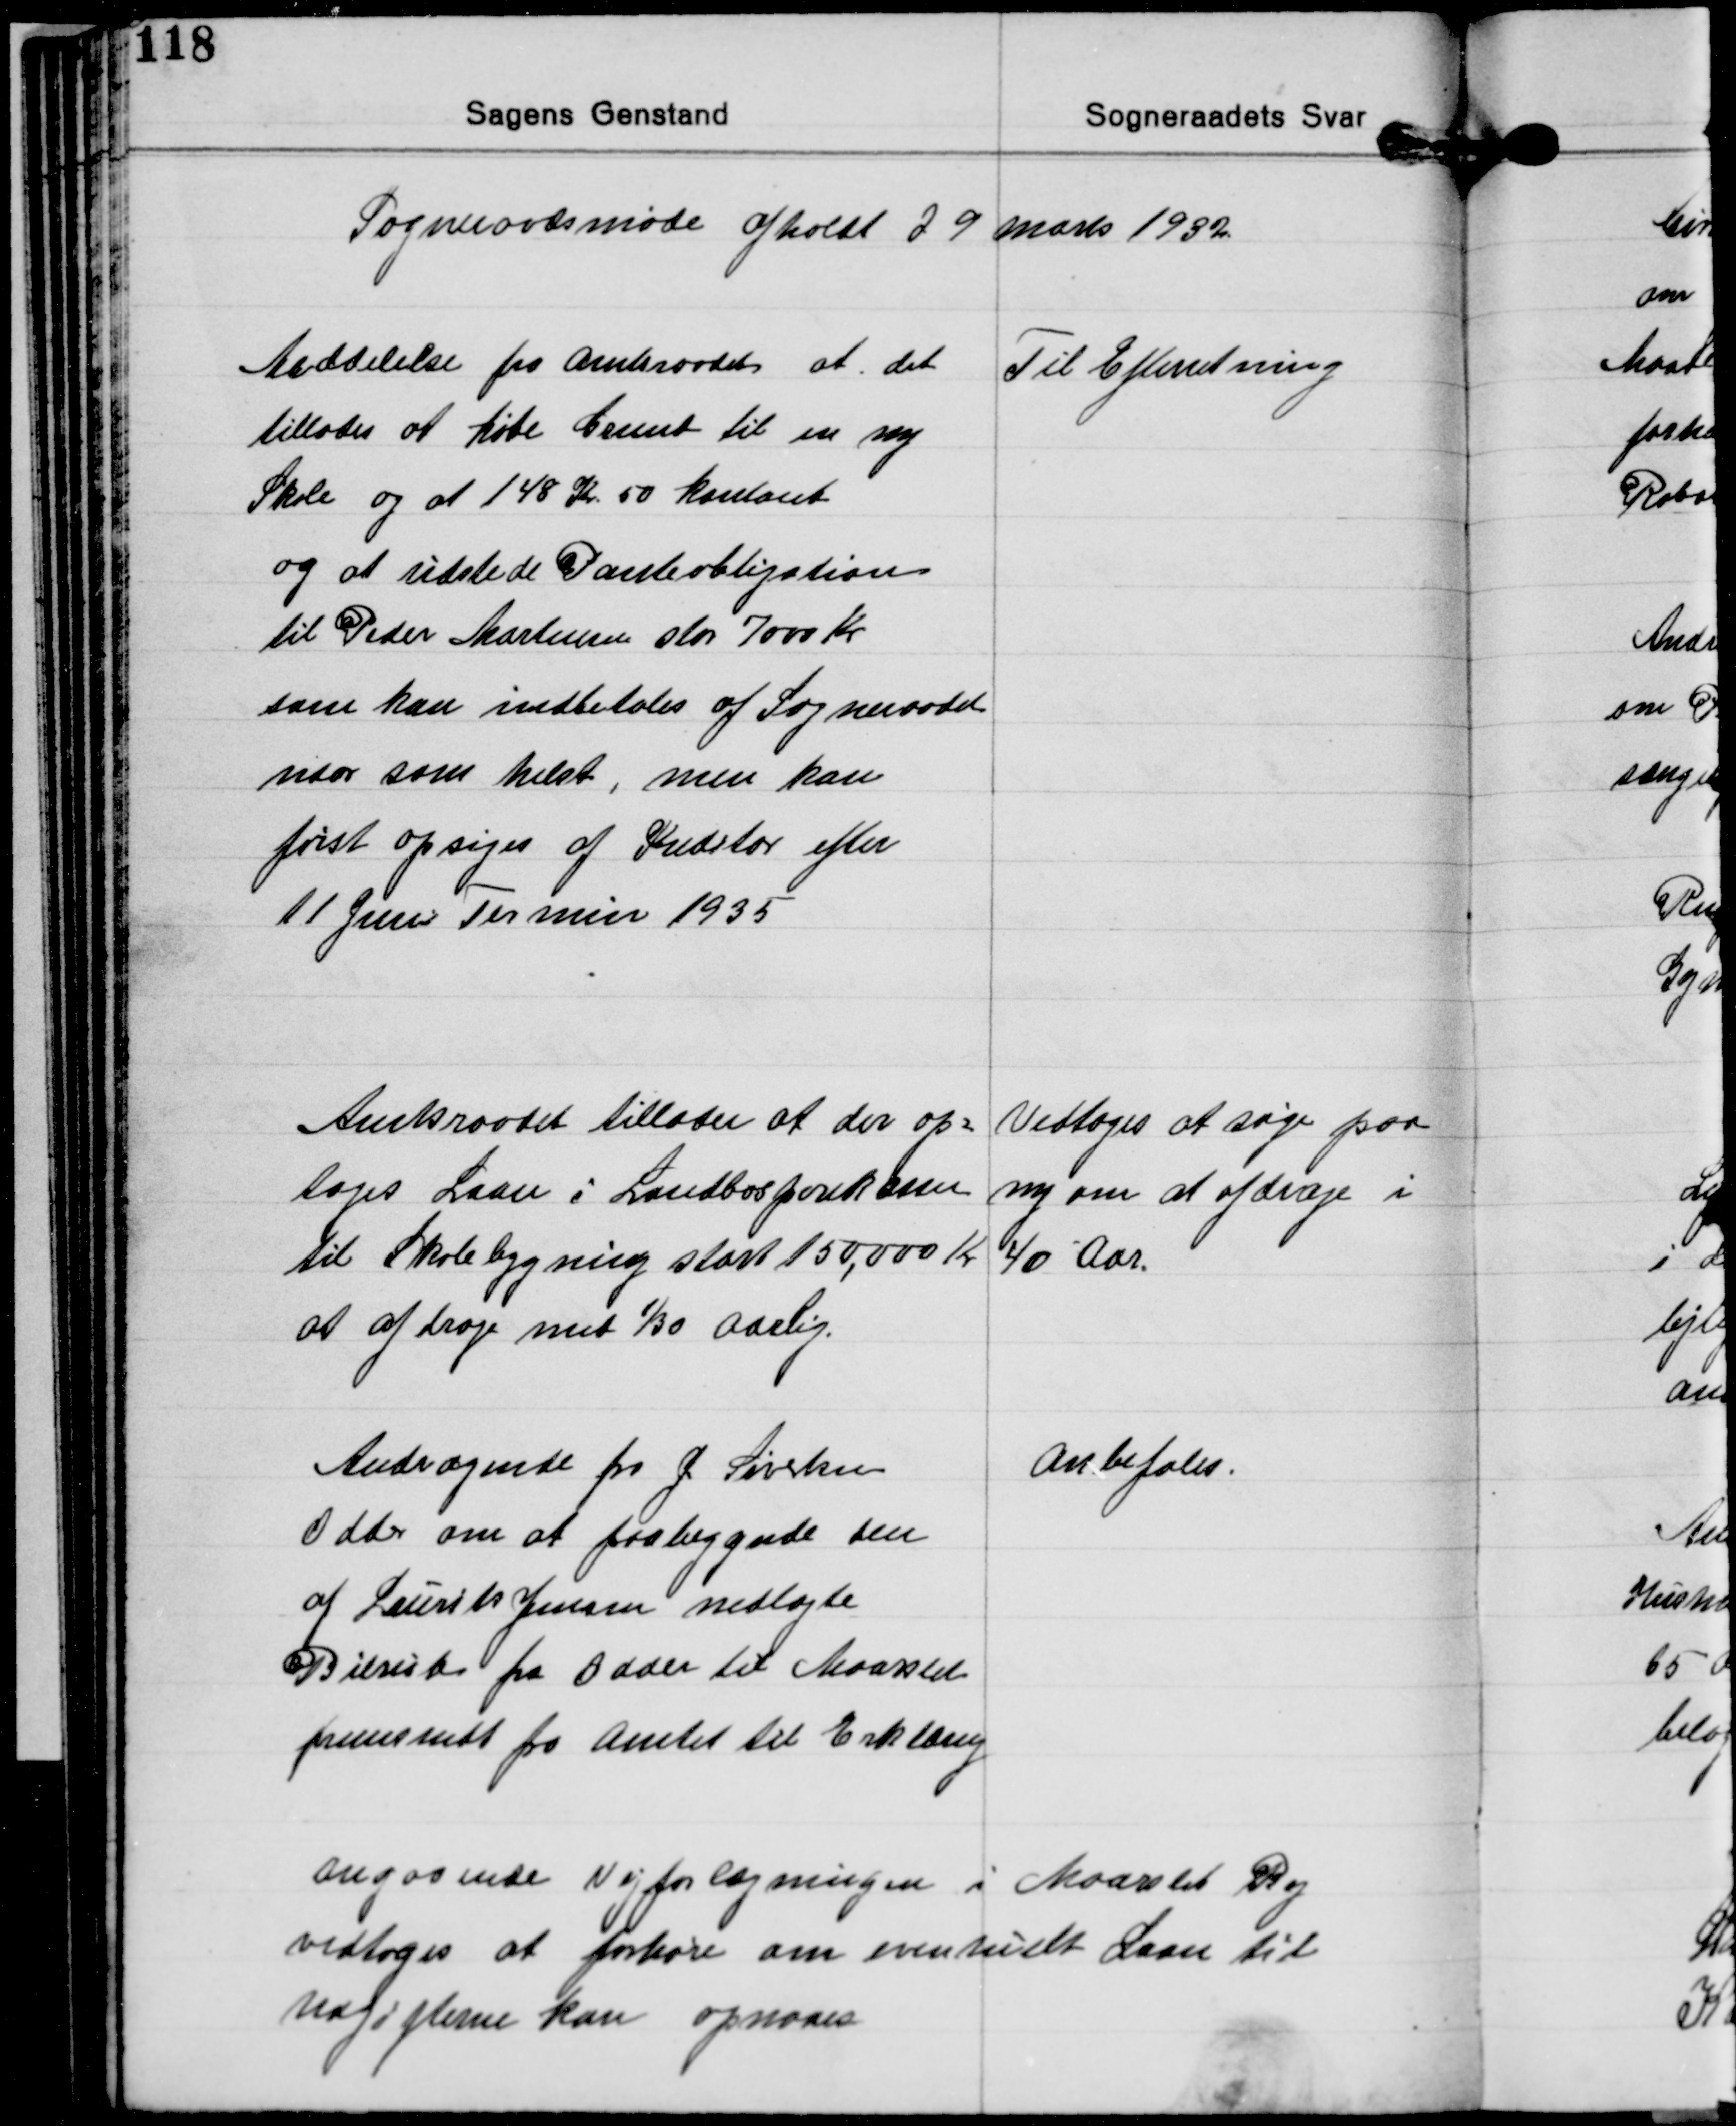
Transskription:
Sogneraadsmøde afholdt d 9 Marts 1932

Meddelelse fra Amtsraadet at det
tillades at købe Grund til en ny
Skole og at 148 Kr 50 kontant
og at udstede Panteobligation
til Peder Mortensen stor 7000 Kr.
som kan indbetales af Sogneraadet
naar som helst, men kan
først opsiges af Kreditor efter
11 Juni Termin 1935

Til Efterretning

Amtsraadet tillader at der op-
tages Laan i Landbosporekassen
til Skolebygning stort 150,000 Kr.
at afdrage med 1/30 Aarlig.

Vedtoges at søge paa
ny om at afdrage i
40 Aar.

Andragende fra J Sivertsen
Odder om at paabegynde den
af Laurits Jensen nedlagte
Bilrub fra Odder til Maarslet
fremsendt fra Amtet til Erklæring

Anbefales.

Angaaende Vejforlægningen i Maarslet By
vedtoges at forhøre om eventuelt Laan til
Udgifterne kan opnaaes.